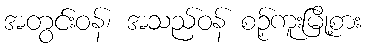
အတွင်းဝန်၊ အသည်ဝန် စဉ့်ကူးမြို့စား